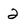
Character: 2